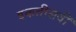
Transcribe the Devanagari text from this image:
इकतीसवीं